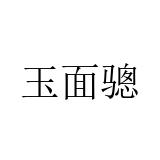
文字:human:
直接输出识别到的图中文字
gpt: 玉面骢